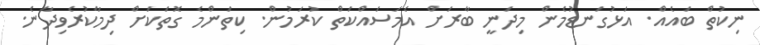
ނިކުތް ބައެއް. އަޅުގަނޑުމެން މިދަނީ ބާރަށް އެމަސައްކަތް ކުރަމުން. ކިތަންމެ ގޮތަކަށް ދިމާކުރެވިދާނެ.